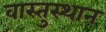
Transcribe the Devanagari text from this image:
वास्तुस्थान